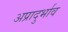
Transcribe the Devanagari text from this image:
अप्रादुर्भाव